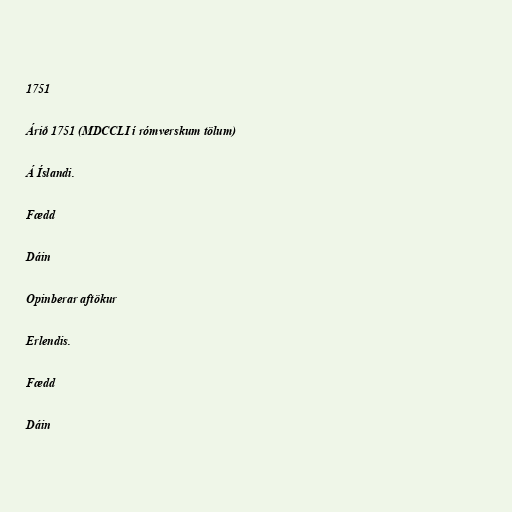
1751

Árið 1751 (MDCCLI í rómverskum tölum)

Á Íslandi.

Fædd

Dáin

Opinberar aftökur

Erlendis.

Fædd

Dáin